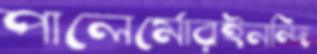
পালের্মোরইনন্দি